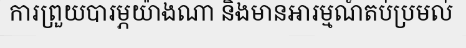
ការព្រួយបារម្ភយ៉ាងណា និងមានអារម្មណ៍តប់ប្រមល់